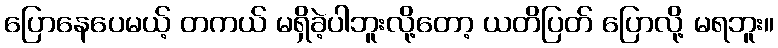
ပြောနေပေမယ့် တကယ် မရှိခဲ့ပါဘူးလို့တော့ ယတိပြတ် ပြောလို့ မရဘူး။